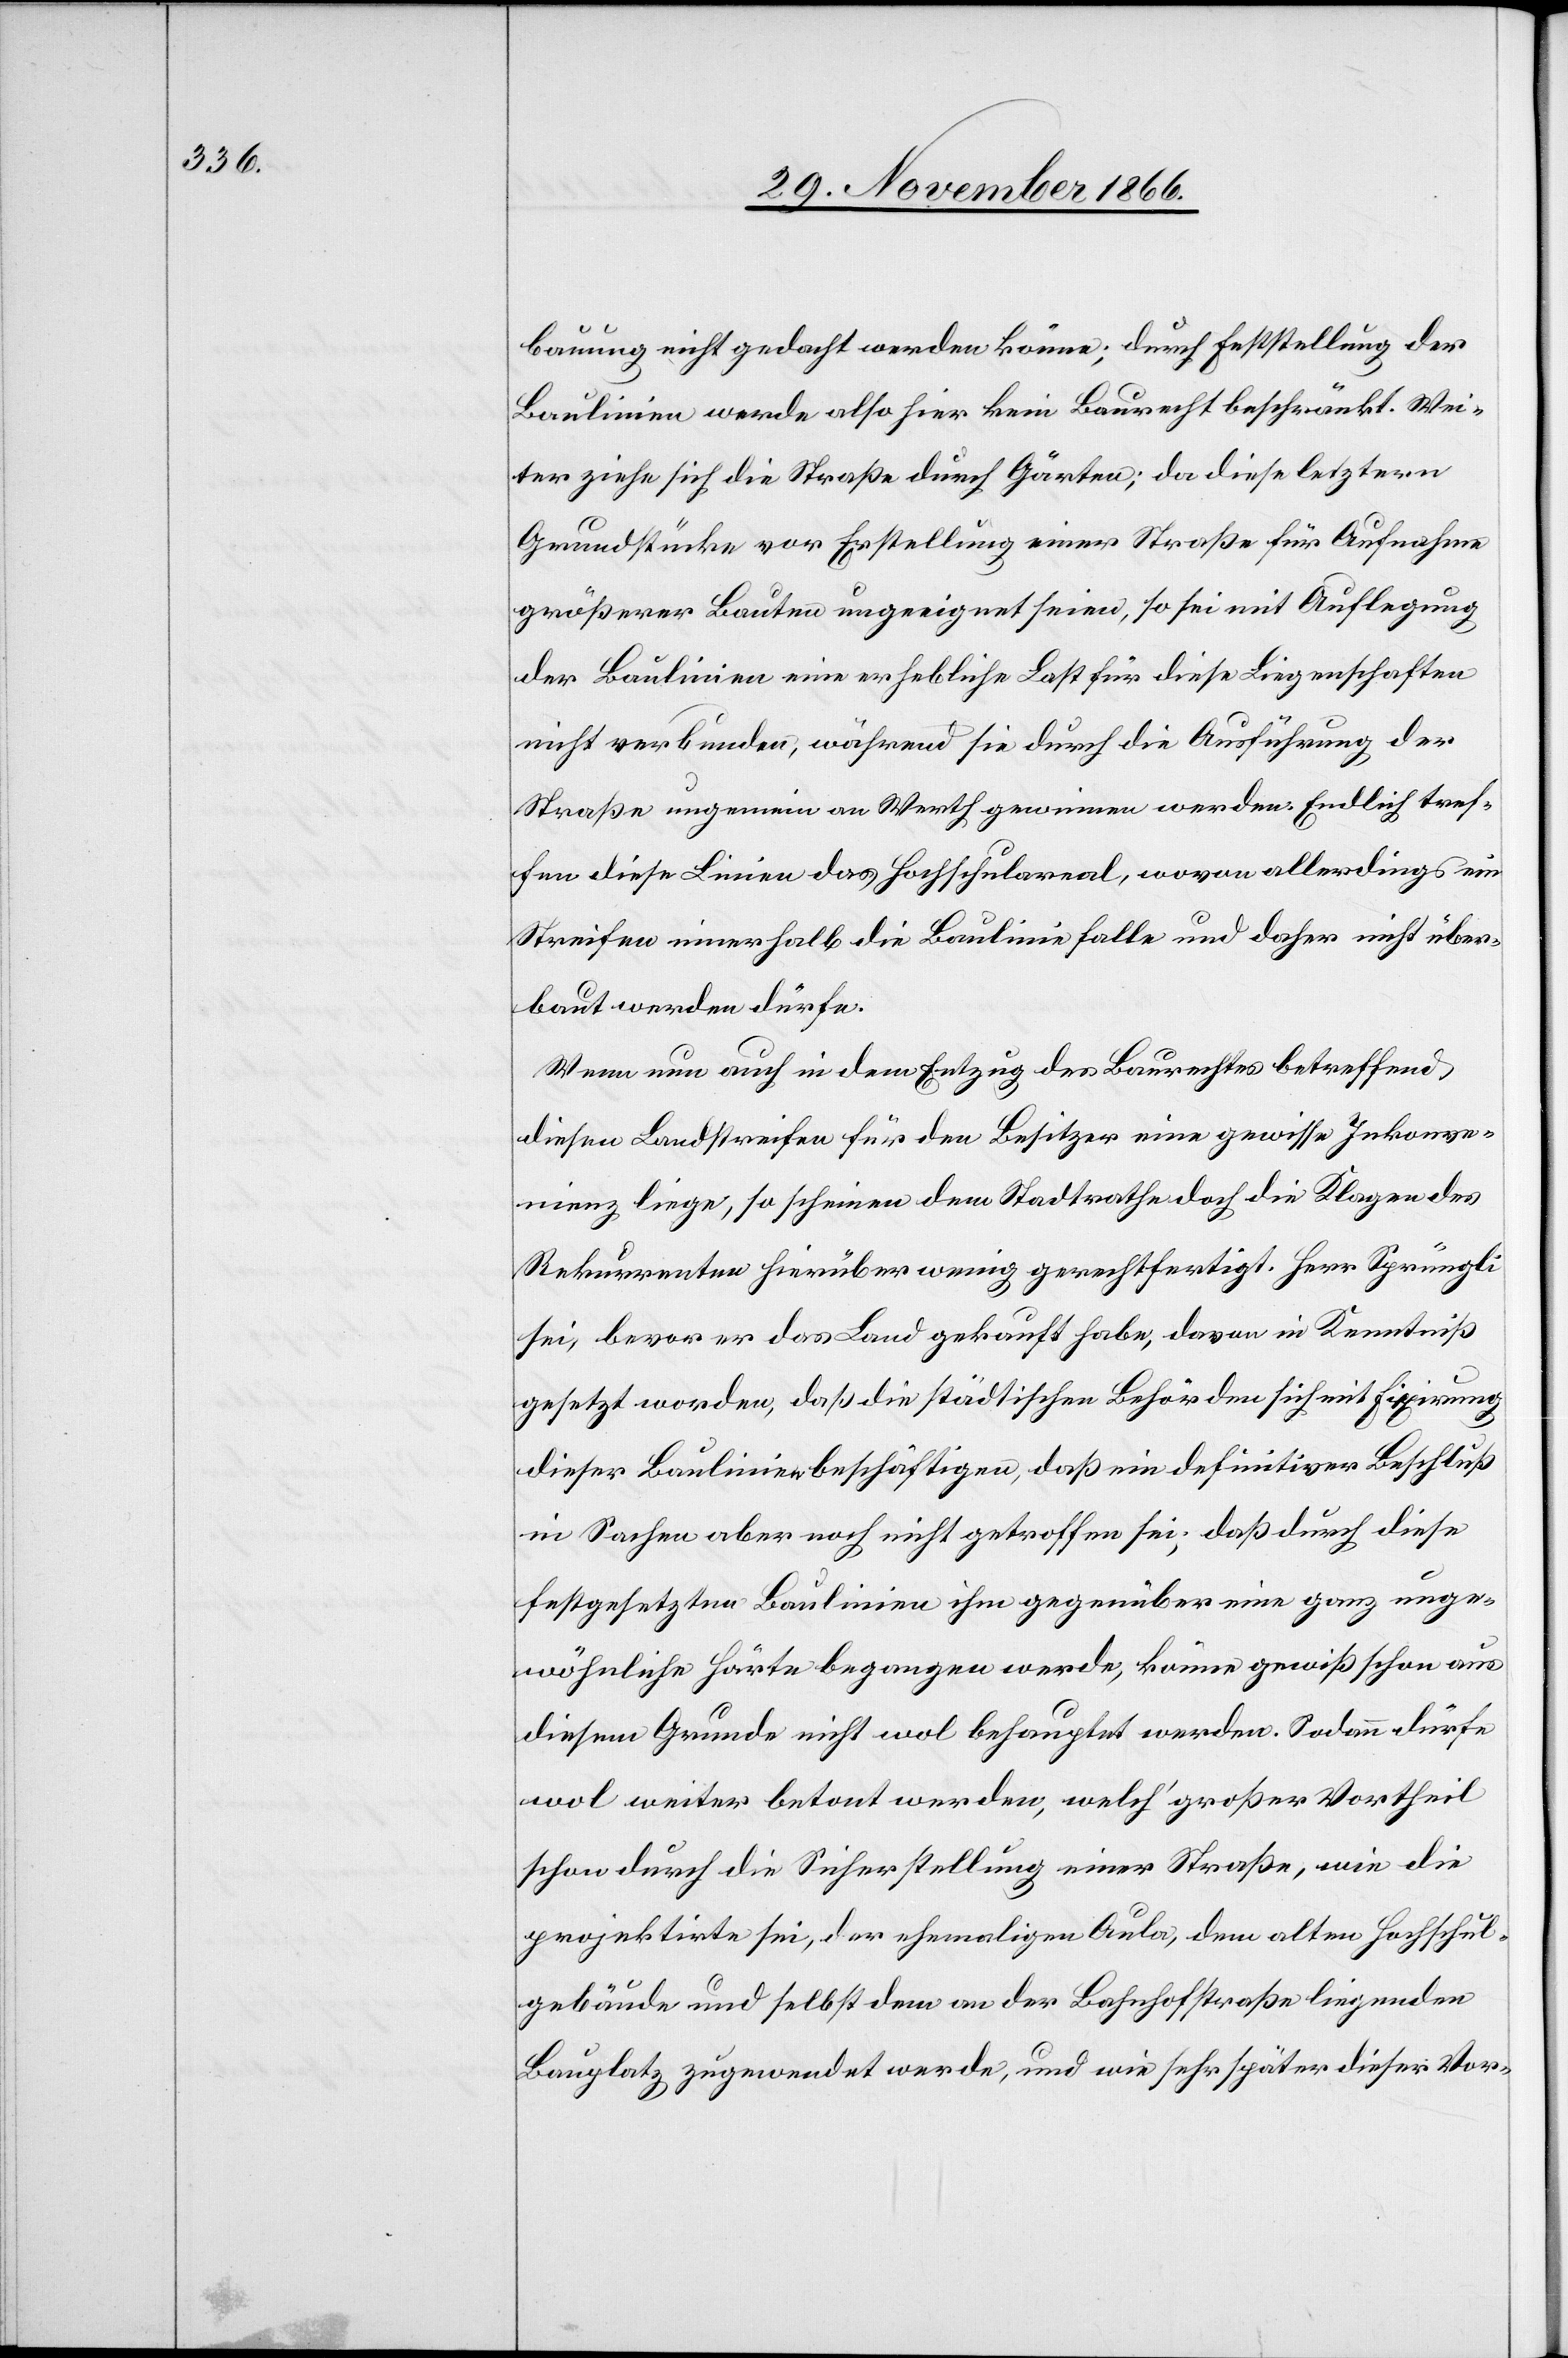
bauung nicht gedacht werden könne; durch Feststellung der
Baulinien werde also hier kein Baurecht beschränkt. Wei¬
ter ziehe sich die Straße durch Gärten; da diese letztern
Grundstücke vor Erstellung einer Straße für Aufnahme
größerer Bauten ungeeignet seien, so sei mit Auflegung
der Baulinien eine erhebliche Last für diese Liegenschaften
nicht verbunden, während sie durch die Ausführung der
Straße ungemein an Werth gewinnen werden. Endlich tref¬
fen diese Linien das Hochschulareal, wovon allerdings ein
Streifen innerhalb die Baulinie falle und daher nicht über¬
baut werden dürfe.
Wenn nun auch in dem Entzug des Baurechtes betreffend
diesen Landstreifen für den Besitzer eine gewisse Inkonve¬
nienz liege, so scheinen dem Stadtrathe doch die Klagen des
Rekurrenten hierüber wenig gerechtfertigt. Herr Sprüngli
sei, bevor er das Land gekauft habe, davon in Kenntniß
gesetzt worden, daß die städtischen Behörden sich mit Fixirung
dieser Baulinien beschäftigen, daß ein definitiver Beschluß
in Sachen aber noch nicht getroffen sei; daß durch diese
festgesetzten Baulinien ihm gegenüber eine ganz unge¬
wöhnliche Härte begangen werde, könne gewiß schon aus
diesem Grunde nicht wol behauptet werden. Sodann dürfe
wol weiter betont werden, welch‘ großer Vortheil
schon durch die Sicherstellung einer Straße, wie die
projektirte sei, der ehemaligen Aula, dem alten Hochschul¬
gebäude und selbst dem an der Bahnhofstraße liegenden
Bauplatz zugewendet werde, und wie sehr später dieser Vor-